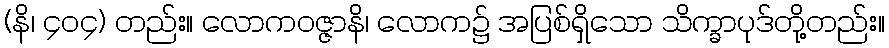
(နိ၊ ၄၀၄) တည်း။ လောကဝဇ္ဇာနိ၊ လောက၌ အပြစ်ရှိသော သိက္ခာပုဒ်တို့တည်း။